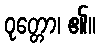
ဝုတ္တော၊ ၏။